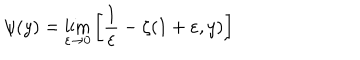
\psi ( y ) = \lim _ { \varepsilon \rightarrow 0 } \left[ \frac 1 \varepsilon - \zeta ( 1 + \varepsilon , y ) \right]